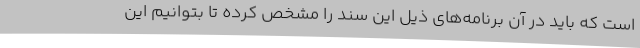
است که باید در آن برنامه‌های ذیل این سند را مشخص کرده تا بتوانیم این